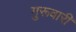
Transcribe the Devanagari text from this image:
गुरूवारी